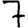
Digit: 7